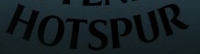
HOTSPUR